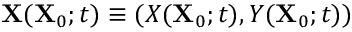
\mathbf { X } ( \mathbf { X } _ { 0 } ; t ) \equiv ( X ( \mathbf { X } _ { 0 } ; t ) , Y ( \mathbf { X } _ { 0 } ; t ) )